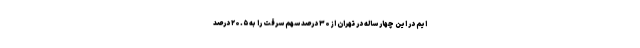
ایم در این چهار ساله در تهران از ۳۰ درصد سهم سرقت را به ۲۰.۵ درصد